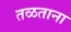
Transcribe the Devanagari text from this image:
तळताना